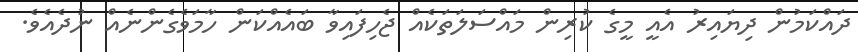
ދައްކަމުން ދިޔައިރު އެއީ މީގެ ކުރިން މައްސަލަތަކެއް ޖެހިފައިވާ ބައެއްކަން ހާމަވެގެންނެއް ނުދެއެވެ.